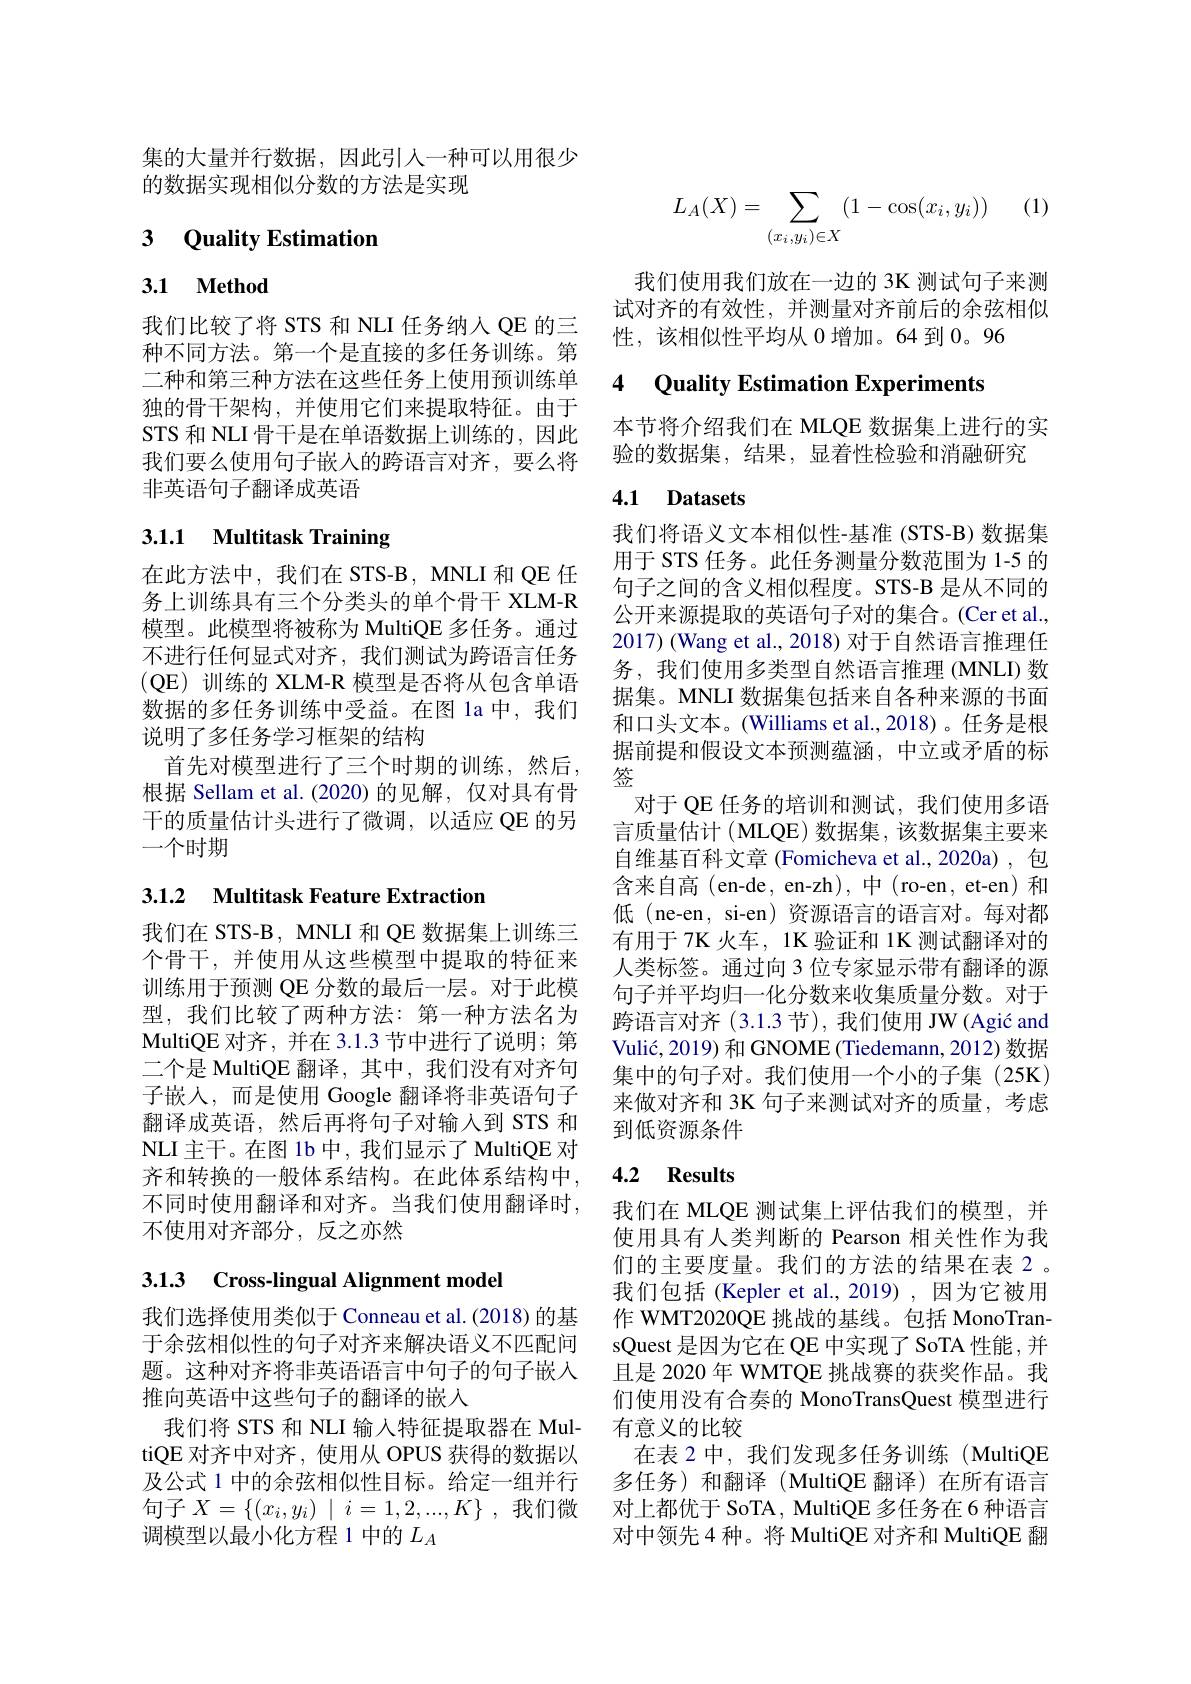
集的大量并行数据，因此引入一种可以用很少
的数据实现相似分数的方法是实现

# 3 Quality Estimation

# 3.1 Method

我们比较了将 STS 和 NLI 任务纳入 QE 的三种不同方法。第一个是直接的多任务训练。第二种和第三种方法在这些任务上使用预训练单独的骨干架构，并使用它们来提取特征。由于STS 和 NLI 骨干是在单语数据上训练的，因此我们要么使用句子嵌入的跨语言对齐，要么将非英语句子翻译成英语

# 3.1.1 Multitask Training

在此方法中，我们在 STS-B, MNLI 和 QE 任务上训练具有三个分类头的单个骨干 XLM-R 模型。此模型将被称为 MultiQE 多任务。通过不进行任何显式对齐，我们测试为跨语言任务(QE)训练的 XLM-R 模型是否将从包含单语数据的多任务训练中受益。在图 1a 中，我们说明了多任务学习框架的结构
首先对模型进行了三个时期的训练，然后根据 Sellam et al. (2020)的见解，仅对具有骨干的质量估计头进行了微调，以适应 QE 的另一个时期

## 3.1.2 Multitask Feature Extraction

我们在 STS-B, MNLI 和 QE 数据集上训练三个骨干，并使用从这些模型中提取的特征来训练用于预测 QE 分数的最后一层。对于此模型，我们比较了两种方法：第一种方法名为MultiQE 对齐，并在 3.1.3 节中进行了说明；第二个是 MultiQE 翻译，其中，我们没有对齐句子嵌入，而是使用 Google 翻译将非英语句子翻译成英语，然后再将句子对输入到 STS 和NLI 主干。在图 1b 中，我们显示了 MultiQE 对齐和转换的一般体系结构。在此体系结构中， 不同时使用翻译和对齐。当我们使用翻译时， 不使用对齐部分，反之亦然

# 3.13 Cross-lingual Alignment model

我们选择使用类似于 Conneau et al. (2018) 的基于余弦相似性的句子对齐来解决语义不匹配问题。这种对齐将非英语语言中句子的句子嵌人推向英语中这些句子的翻译的嵌入
调模型以最小化方程 1 中的$L_A$

(1)
$$L_A(X)=\sum_{(x_i,y_i)\in X}(1-\cos(x_i,y_i))$$
我们使用我们放在一边的 3K 测试句子来测试对齐的有效性，并测量对齐前后的余弦相似性，该相似性平均从 0 增加。64 到 0。96

### 4 Oualitv Estimation Experiments

本节将介绍我们在 MLQE 数据集上进行的实
验的数据集，结果，显着性检验和消融研究

### 4.1 Datasets

我们将语义文本相似性-基准(STS-B) 数据集用于 STS 任务。此任务测量分数范围为 1-5 的句子之间的含义相似程度。STS-B 是从不同的公开来源提取的英语句子对的集合。(Cer et al., 2017) (Wang et al., 2018) 对于自然语言推理任务，我们使用多类型自然语言推理(MNLI)数据集。MNLI 数据集包括来自各种来源的书面和口头文本。(Williams et al.,2018)。任务是根据前提和假设文本预测蕴涵，中立或矛盾的标签
对于 QE 任务的培训和测试，我们使用多语言质量估计 (MLQE) 数据集，该数据集主要来自维基百科文章 (Fomicheva et al.,2020a),包含来自高 (en-de, en-zh), 中 (ro-en, et-en) 和低 (ne-en, si-en)资源语言的语言对。每对都有用于 7K 火车，1K 验证和 1K 测试翻译对的人类标签。通过向 3 位专家显示带有翻译的源句子并平均归一化分数来收集质量分数。对于跨语言对齐(3.1.3节),我们使用 JW (Agić and Vulić, 2019) 和 GNOME (Tiedemann, 2012) 数据集中的句子对。我们使用一个小的子集(25K) 来做对齐和 3K 句子来测试对齐的质量，考虑到低资源条件

# 4.2 Results

我们在 MLQE 测试集上评估我们的模型，并使用具有人类判断的 Pearson 相关性作为我们的主要度量。我们的方法的结果在表 2 。我们包括(Kepler et al.,2019),因为它被用作 WMT2020QE 挑战的基线。包括 MonoTransQuest 是因为它在 QE 中实现了 SoTA 性能 , 并且是 2020 年 WMTQE 挑战赛的获奖作品。我们使用没有合奏的 MonoTransQuest 模型进行
我们将 STS 和 NLI 输入特征提取器在 Mul- 有意义的比较
tiQE 对齐中对齐，使用从 OPUS 获得的数据以 在表 2 中，我们发现多任务训练 (MultiQE 及公式 1 中的余弦相似性目标。给定一组并行 多任务) 和翻译 (MultiQE 翻译)在所有语言句子$X=\{(x_i,y_i)\mid i=1,2,...,K\}$ ,我们微 对上都优于 SoTA, MultiQE 多任务在 6 种语言
对中领先 4 种。将 MultiQE 对齐和 MultiQE 翻